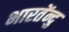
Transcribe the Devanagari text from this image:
भारतेंन्दु